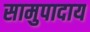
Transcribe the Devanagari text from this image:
सामुपादाय